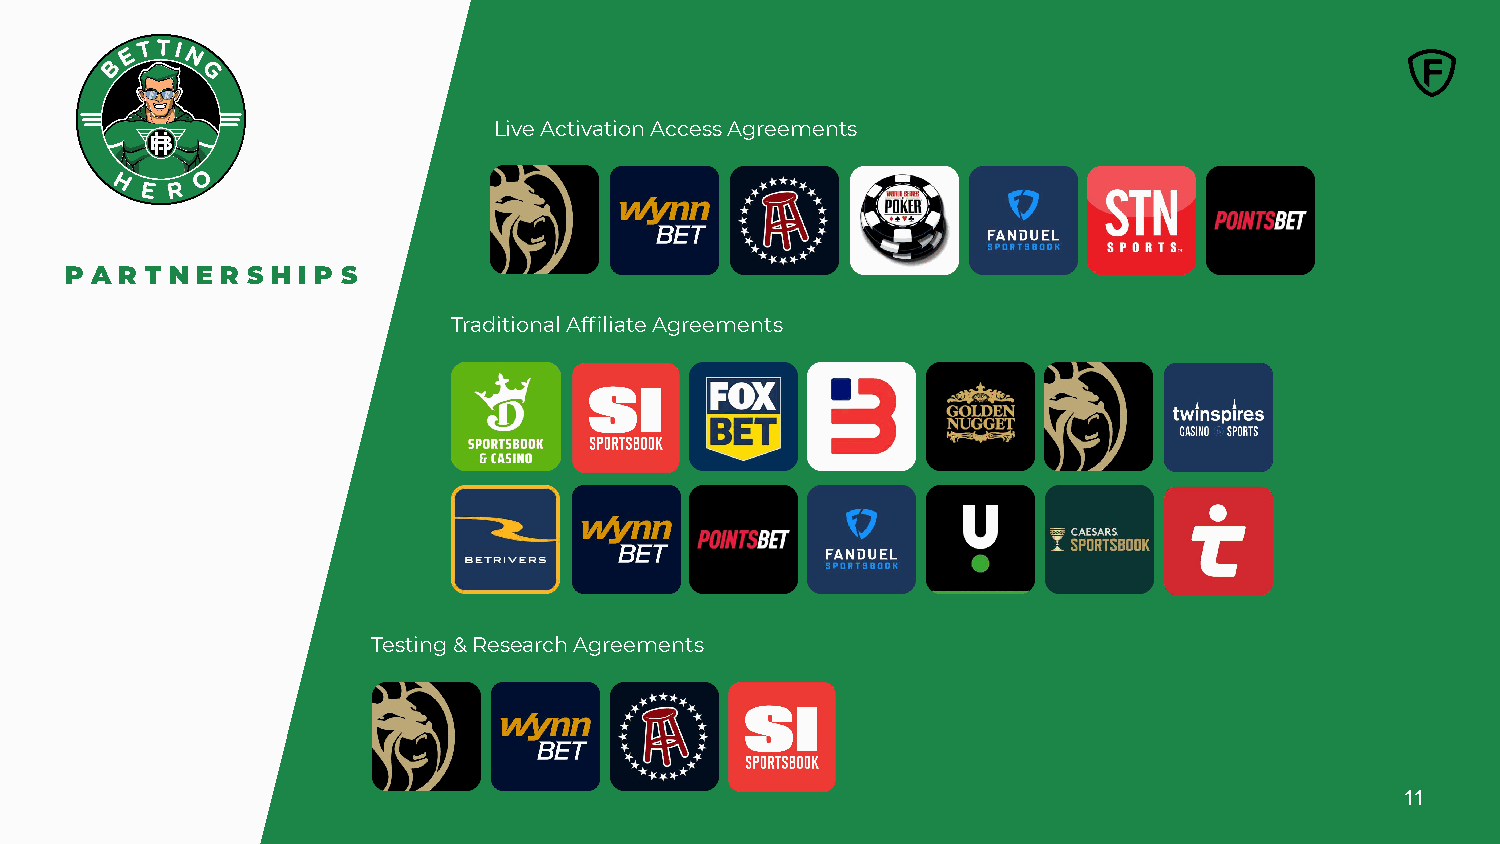
Live Activation Access Agreements
 P A R T N E R S H I P S
 Traditional Affiliate Agreements
 Testing & Research Agreements
 11